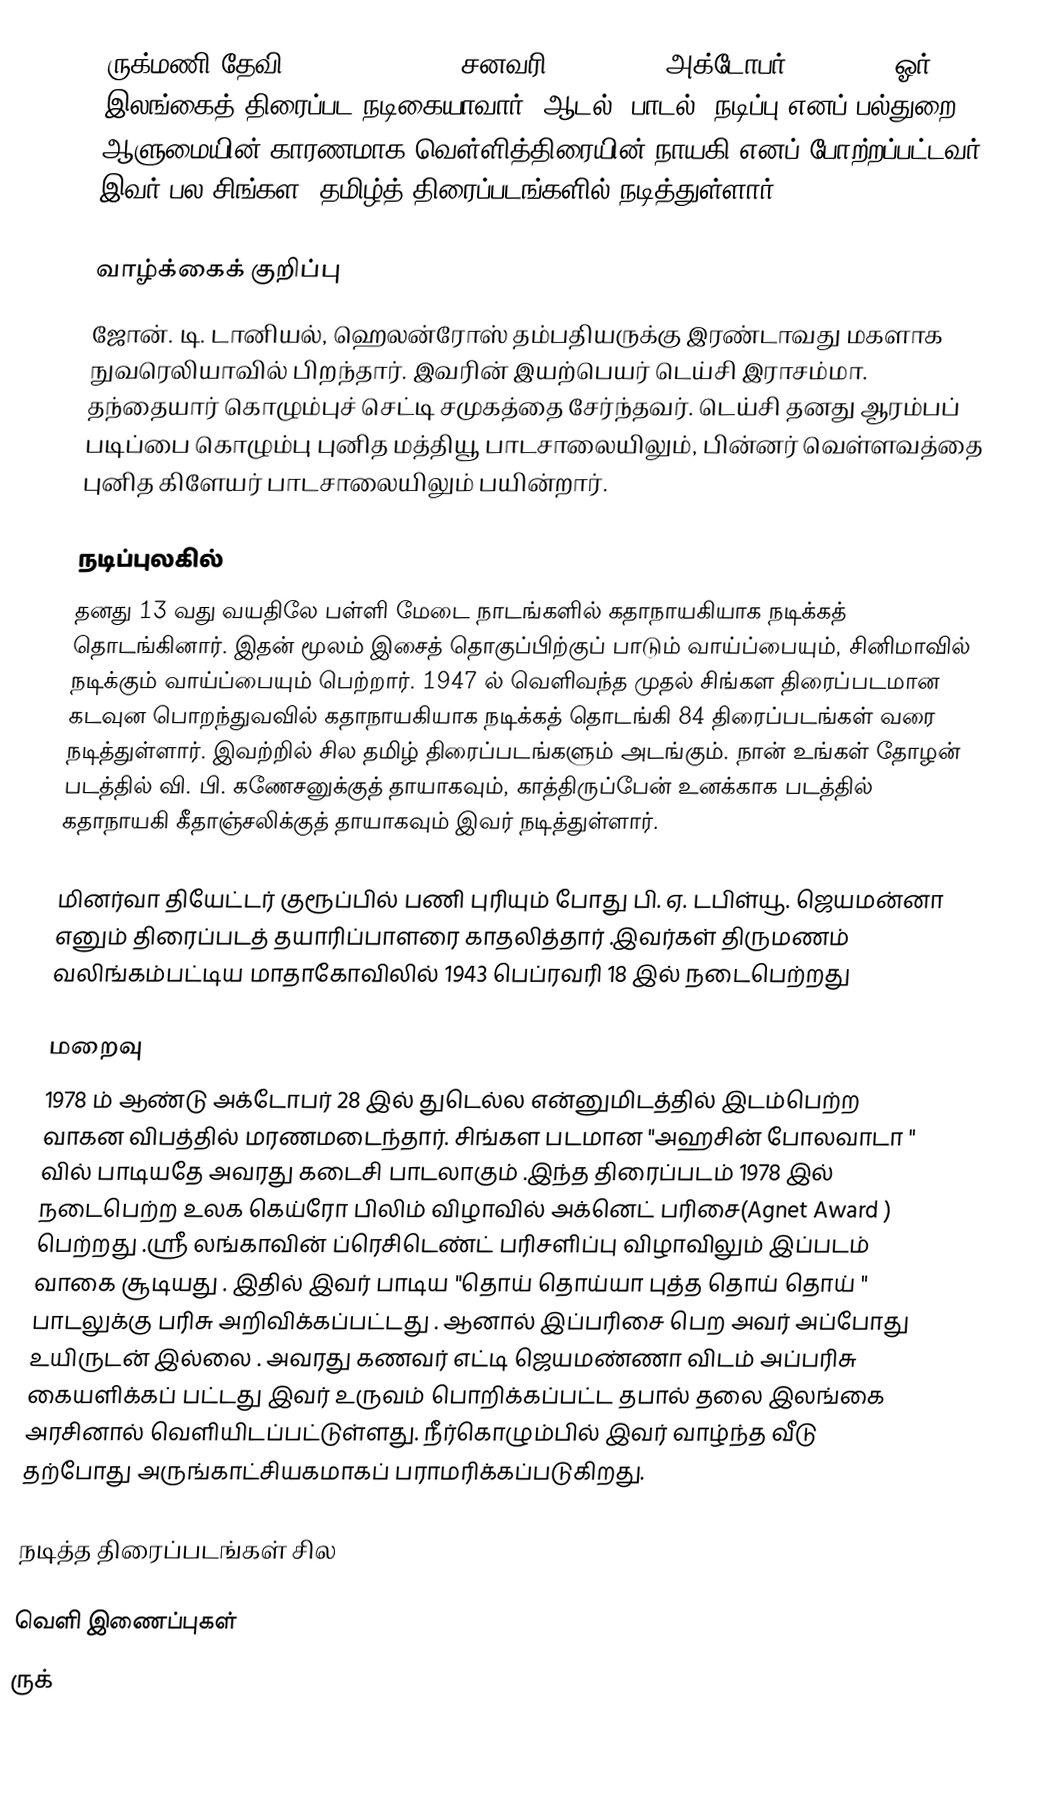
ருக்மணி தேவி (Rukmani Devi, , சனவரி 15, 1923 - அக்டோபர் 28, 1978) ஓர் இலங்கைத் திரைப்பட நடிகையாவார். ஆடல், பாடல், நடிப்பு எனப் பல்துறை ஆளுமையின் காரணமாக வெள்ளித்திரையின் நாயகி எனப் போற்றப்பட்டவர். இவர் பல சிங்கள, தமிழ்த் திரைப்படங்களில் நடித்துள்ளார்.

வாழ்க்கைக் குறிப்பு
ஜோன். டி. டானியல், ஹெலன்ரோஸ் தம்பதியருக்கு இரண்டாவது மகளாக நுவரெலியாவில் பிறந்தார். இவரின் இயற்பெயர் டெய்சி இராசம்மா. தந்தையார் கொழும்புச் செட்டி சமுகத்தை சேர்ந்தவர். டெய்சி தனது ஆரம்பப் படிப்பை கொழும்பு புனித மத்தியூ பாடசாலையிலும், பின்னர் வெள்ளவத்தை புனித கிளேயர் பாடசாலையிலும் பயின்றார்.

நடிப்புலகில்
தனது 13 வது வயதிலே பள்ளி மேடை நாடங்களில் கதாநாயகியாக நடிக்கத் தொடங்கினார். இதன் மூலம் இசைத் தொகுப்பிற்குப் பாடும் வாய்ப்பையும், சினிமாவில் நடிக்கும் வாய்ப்பையும் பெற்றார். 1947 ல் வெளிவந்த முதல் சிங்கள திரைப்படமான கடவுன பொறந்துவவில் கதாநாயகியாக நடிக்கத் தொடங்கி 84 திரைப்படங்கள் வரை நடித்துள்ளார். இவற்றில் சில தமிழ் திரைப்படங்களும் அடங்கும். நான் உங்கள் தோழன் படத்தில் வி. பி. கணேசனுக்குத் தாயாகவும், காத்திருப்பேன் உனக்காக படத்தில் கதாநாயகி கீதாஞ்சலிக்குத் தாயாகவும் இவர் நடித்துள்ளார்.

மினர்வா தியேட்டர் குரூப்பில் பணி புரியும் போது பி. ஏ. டபிள்யூ. ஜெயமன்னா எனும் திரைப்படத் தயாரிப்பாளரை காதலித்தார் .இவர்கள் திருமணம் வலிங்கம்பட்டிய மாதாகோவிலில் 1943 பெப்ரவரி 18  இல் நடைபெற்றது

மறைவு
1978 ம் ஆண்டு அக்டோபர் 28 இல் துடெல்ல என்னுமிடத்தில் இடம்பெற்ற வாகன விபத்தில் மரணமடைந்தார். சிங்கள படமான  "அஹசின் போலவாடா " வில் பாடியதே அவரது கடைசி பாடலாகும் .இந்த திரைப்படம் 1978  இல் நடைபெற்ற உலக கெய்ரோ பிலிம் விழாவில் அக்னெட் பரிசை(Agnet Award ) பெற்றது .ஸ்ரீ லங்காவின் ப்ரெசிடெண்ட் பரிசளிப்பு விழாவிலும் இப்படம் வாகை சூடியது . இதில் இவர் பாடிய "தொய் தொய்யா புத்த தொய் தொய் " பாடலுக்கு பரிசு அறிவிக்கப்பட்டது . ஆனால் இப்பரிசை பெற அவர் அப்போது உயிருடன் இல்லை . அவரது கணவர் எட்டி ஜெயமண்ணா விடம் அப்பரிசு கையளிக்கப் பட்டது   இவர் உருவம் பொறிக்கப்பட்ட தபால் தலை இலங்கை அரசினால் வெளியிடப்பட்டுள்ளது. நீர்கொழும்பில் இவர் வாழ்ந்த வீடு தற்போது அருங்காட்சியகமாகப் பராமரிக்கப்படுகிறது.

நடித்த திரைப்படங்கள் சில

வெளி இணைப்புகள்
 ருக்